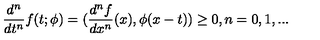
\frac { d ^ { n } } { d t ^ { n } } f ( t ; \phi ) = ( \frac { d ^ { n } f } { d x ^ { n } } ( x ) , \phi ( x - t ) ) \geq 0 , n = 0 , 1 , . . .